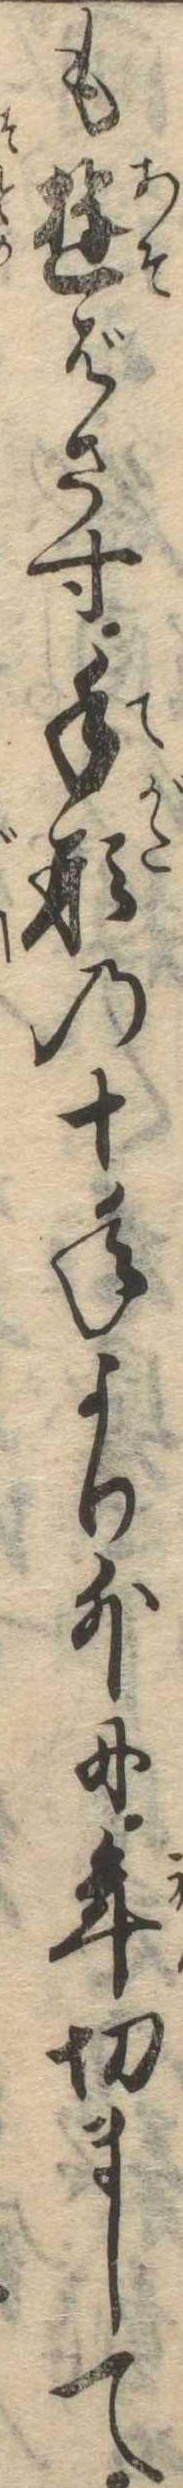
も遊ばさす手形の十年より外に年切まして